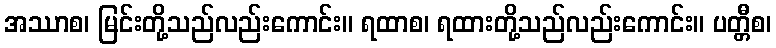
အဿာစ၊ မြင်းတို့သည်လည်းကောင်း။ ရထာစ၊ ရထားတို့သည်လည်းကောင်း။ ပတ္တီစ၊